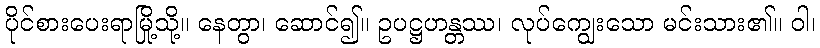
ပိုင်စားပေးရာမြို့သို့။ နေတွာ၊ ဆောင်၍။ ဥပဋ္ဌဟန္တဿ၊ လုပ်ကျွေးသော မင်းသား၏။ ဝါ၊